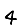
Digit: 4